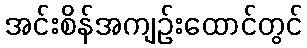
အင်းစိန်အကျဉ်းထောင်တွင်